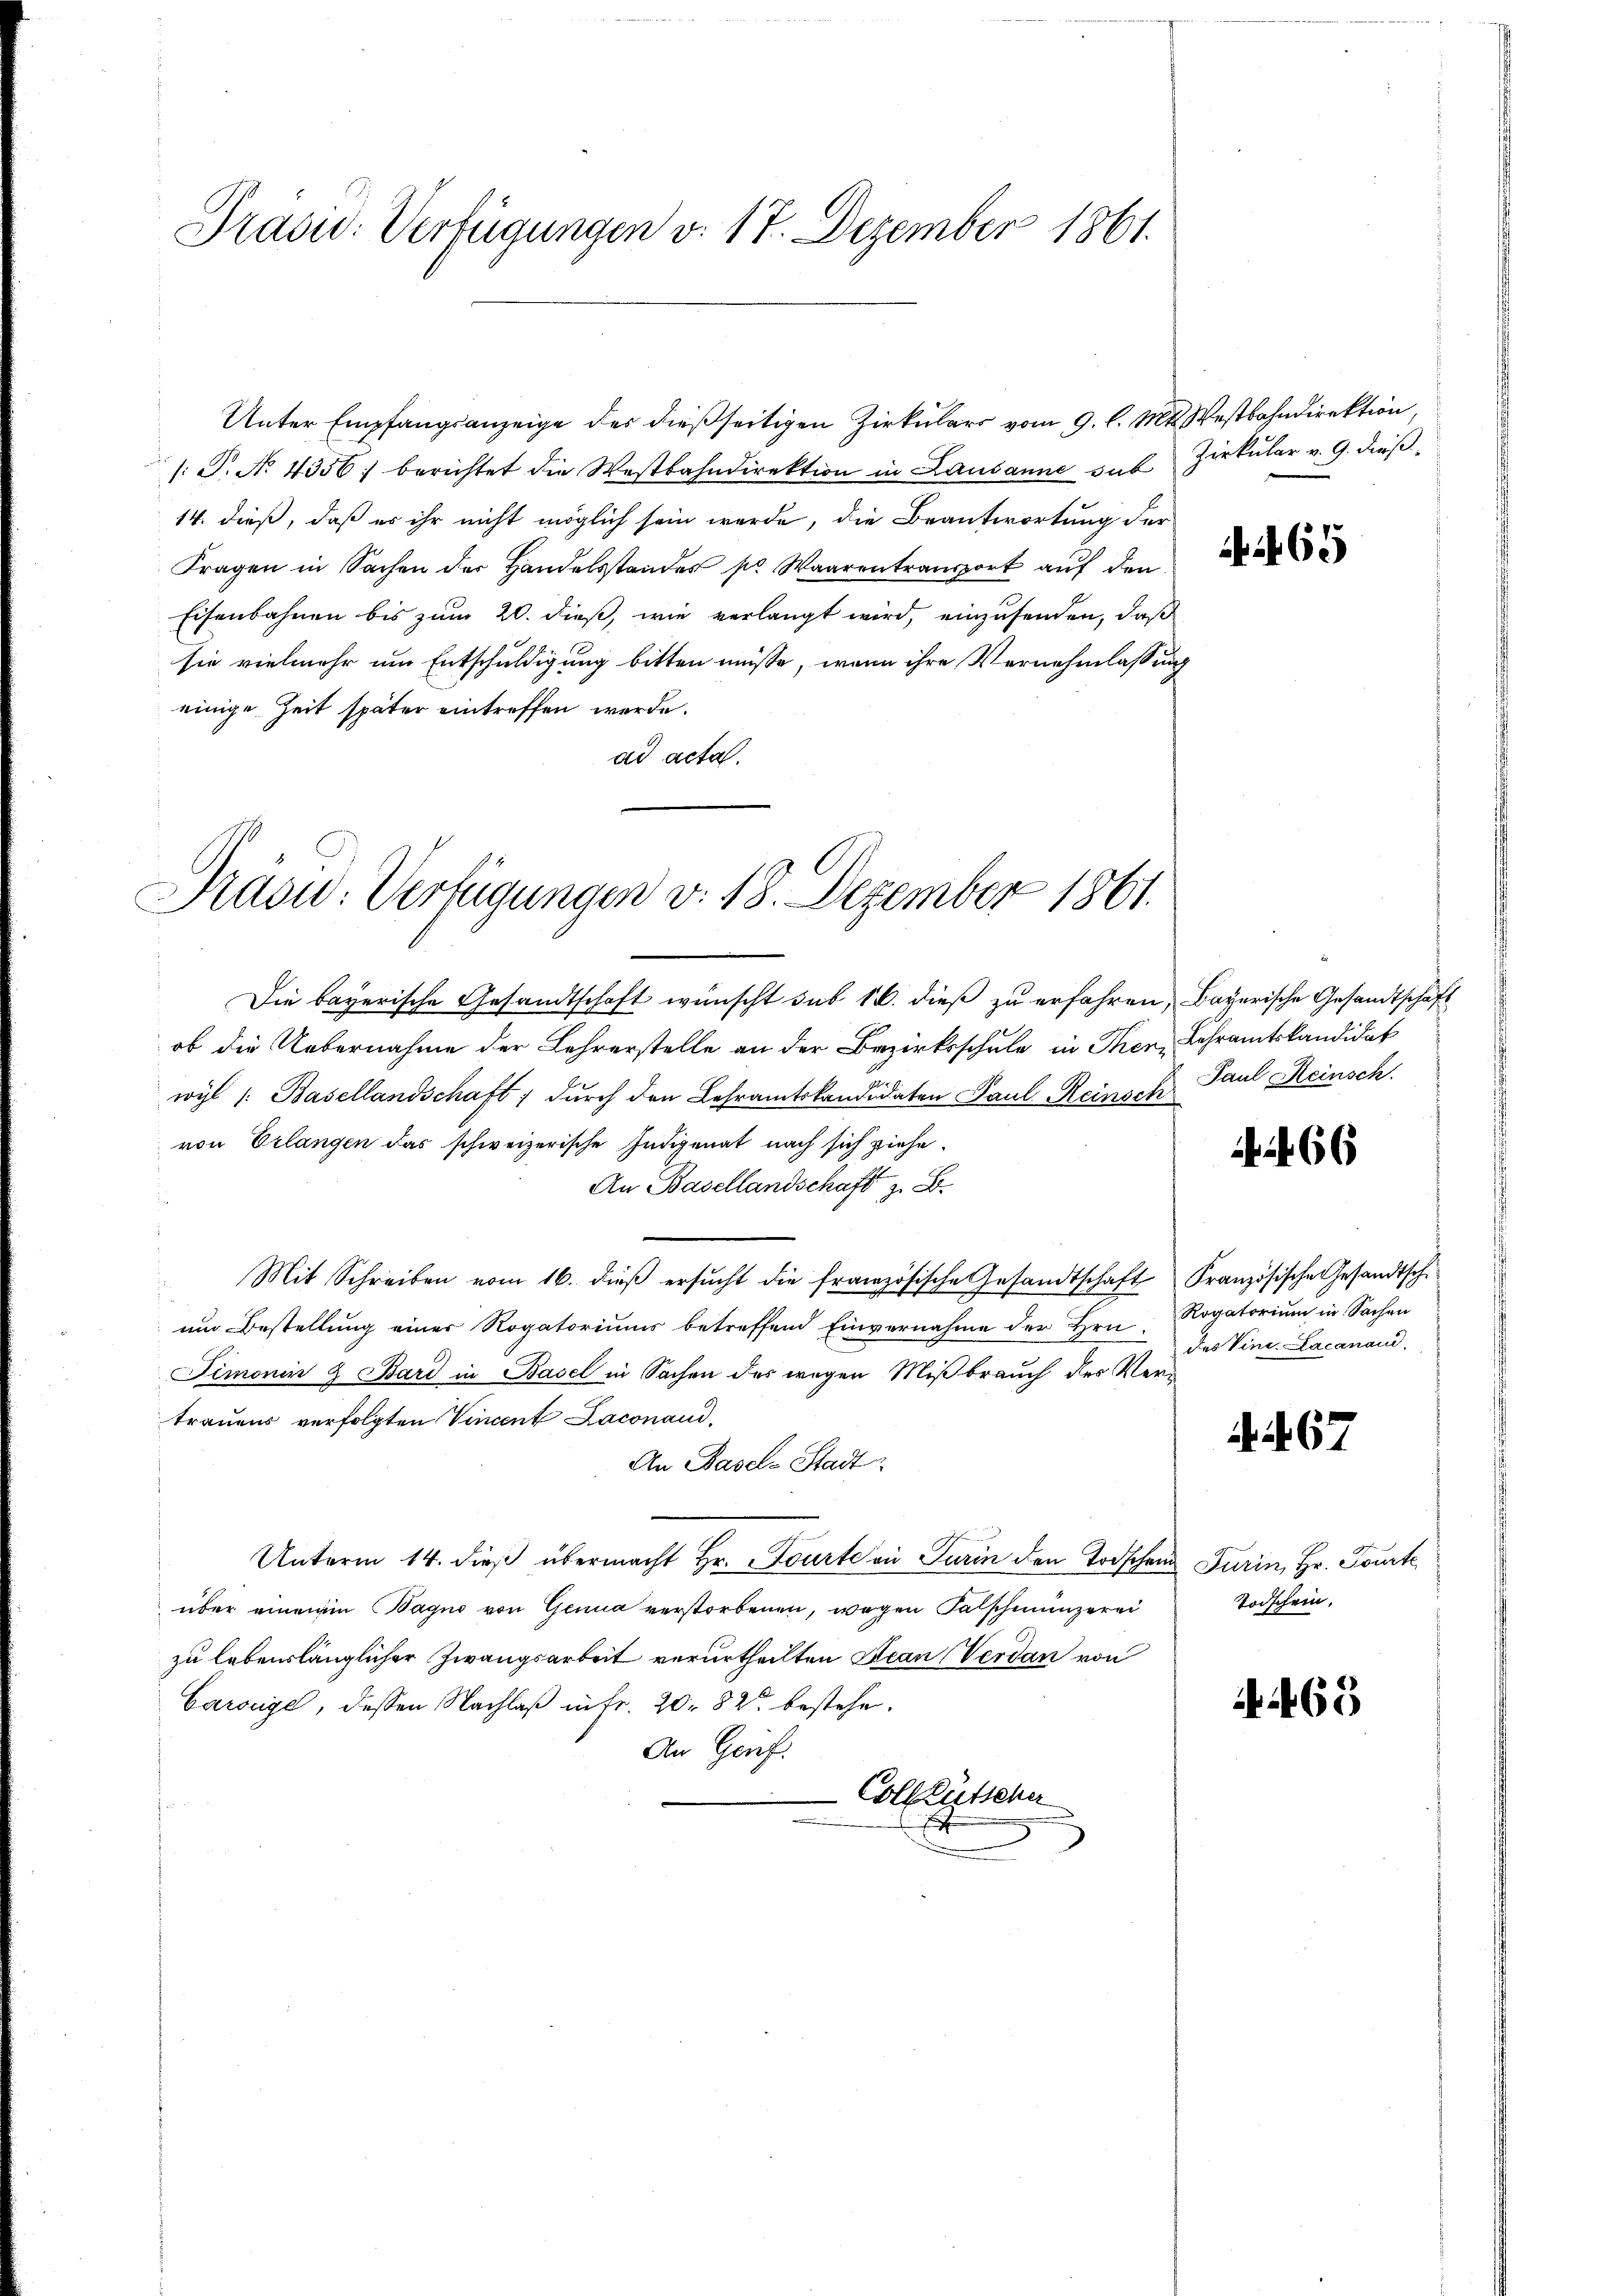
Präsid. Verfügungen v. 17. Dezember 1861.

Unter Empfangsanzeige des dießseitigen Zirkulars vom 9. l. Mts. Westbahndirektion,
s: P. No 4336; berichtet die Westbahndirektion in Lausanne sub
14. dieß, daß er ihr nicht möglich sein werde, die Beantwortung der
Fragen in Sachen der Handelsstandes pr. Waarentransport auf den
Eisenbahnen bis zum 20. dieß, wie verlangt wird, einzusenden, daß
sie vielmehr um Entschuldigung bitten müsse, wenn ihre Vernehmlassung
einige Zeit später eintreffen werde.
ad acta.

Präsid. Verfügungen v. 18. Dezember 1861.

Die bayerische Gesandtschaft wünscht sub 16. dieß zu erfahren, Bayerische Gesandtschaft
ob die Uebernahme der Lehrerstelle an der Bezirksschule in Then Lehramtskandidat
wyl /: Basellandschaft; durch den Lehramtskandidaten Paul Reinsch Paul Heinsch.
von Erlangen das schweizerische Indigenat nach sich ziehe¬
An Basellandschaft z. B.
Mit Schreiben vom 16. dieß ersucht die französische Gesandtschaft Französische Gesandtschum Bestellung einer Rogatoriums betreffend Einvernahme der Hrn.
Simonin & Bard in Basel in Sachen des wegen Mißbrauch der Ver-
trauens verfolgten Vincent Laconaud,
An Basels Stadt
Unterm 14. dieß übermacht Hr. Tourte an Turin den Todschen Turin, Hr. Tourte
über einem Bagno von Genua verstorbenen, wegen Falschmünzerei
zu lebenslänglicher Zwangsarbeit verurtheilten Jean Verdan von
Carseige, dessen Nachlaß in Fr. 20. 82 bestehe.
An Genf.
Colktütsche

Zirkular v. 9. dieß¬
465

266

Rogatorium in Sachen
des Vine. Lacanau

. 67

Todschein.

63